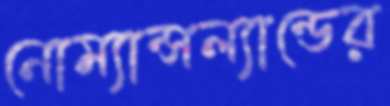
নোম্যান্সল্যান্ডের